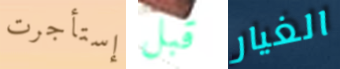
إستأجرت قبل الغيار